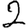
Digit: 2